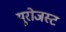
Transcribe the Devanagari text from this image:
यूरोजस्ट